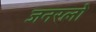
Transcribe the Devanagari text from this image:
जनरलो